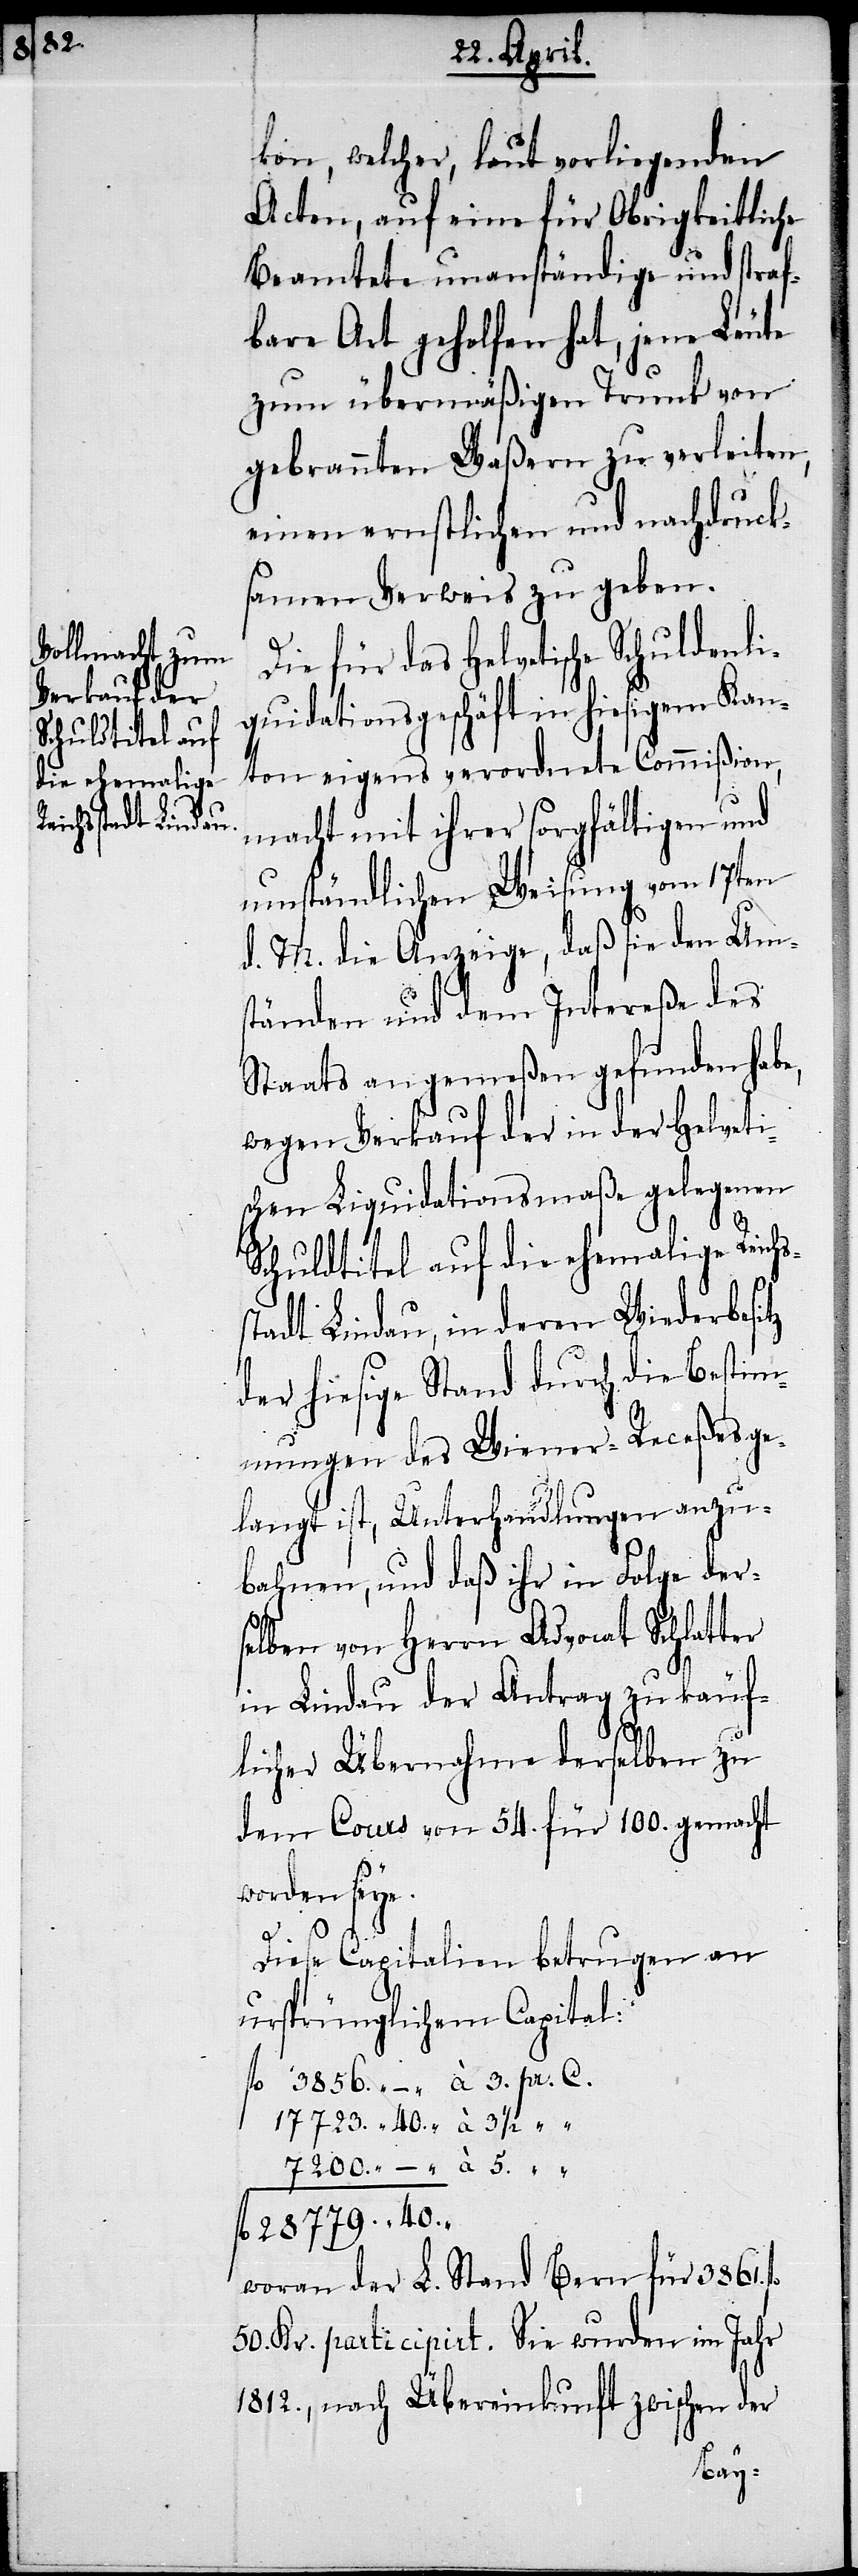
kon, welcher, laut vorliegenden
Acten, auf eine für Obrigkeitliche
Beamtete unanständige und straf¬
bare Art geholfen hat, jene Leute
zum übermäßigen Trunk von
gebrannten Waßern zu verleiten,
einen ernstlichen und nachdruck¬
samen Verweis zu geben.
Die für das Helvetische Schuldenli¬
quidationsgeschäft in hiesigem Kan¬
ton eigens verordnete Commißion,
macht mit ihrer sorgfältigen und
umständlichen Weisung vom 17ten
d. M. die Anzeige, daß sie den Um¬
fl.
ständen und dem Intereße des
Staats angemeßen gefunden habe,
wegen Verkauf der in der Helveti¬
schen Liquidationsmaße gelegenen
Schuldtitel auf die ehemalige Reich¬
stadt Lindau, in deren Wiederbesitz
der hiesige Stand durch die Bestim¬
mungen des Wiener-Receßes ge¬
langt ist, Unterhandlungen anzu¬
bahnen, und daß ihr in Folge der¬
selben von Herrn Advocat Schlatter
in Lindau der Antrag zu käuf¬
licher Übernahme derselben zu
dem Cours von 54. für 100. gemacht
worden seye.
40.
Diese Capitalien betrugen an
ursprünglichem Capital:
woran der L. Stand Bern für 3861.
50. Kr. participirt. Sie wurden im Jahr
1812., nach Übereinkunft zwischen der